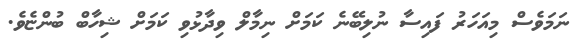
ނަަމަވެސް މިއަހަރު ފައިސާ ނުލިބޭނެ ކަމަށް ނިމާލް ވިދާޅުވި ކަމަށް ޝިހާބް ބުންޏެވެ.